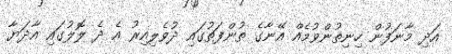
އަދި މާނަފުން ހިނިތުންވުމެއް އޭނާގެ ތުންފަތުގައި ދުވެލިއިރު އެ ދެ ލޮލުގައި އާދަޔާ